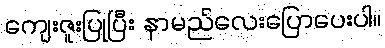
ကျေးဇူးပြုပြီး နာမည်လေးပြောပေးပါ။